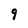
Character: 9